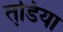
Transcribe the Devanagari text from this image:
तडि़या